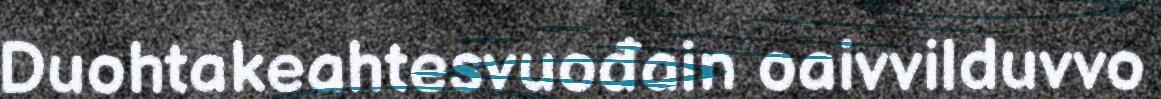
Duohtakeahtesvuođain oaivvilduvvo